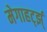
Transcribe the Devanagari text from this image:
मेगाहर्ट्झ्